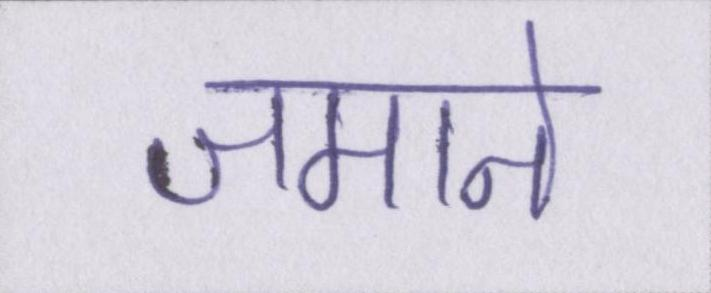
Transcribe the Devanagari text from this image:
जमाने